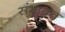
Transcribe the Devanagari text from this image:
संभावत